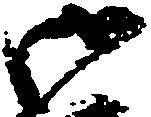
御